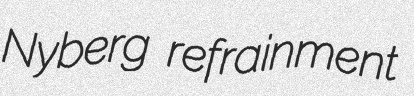
Nyberg refrainment